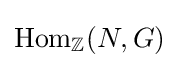
\operatorname {Hom} _{\mathbb {Z} }(N,G)